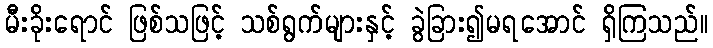
မီးခိုးရောင် ဖြစ်သဖြင့် သစ်ရွက်များနှင့် ခွဲခြား၍မရအောင် ရှိကြသည်။